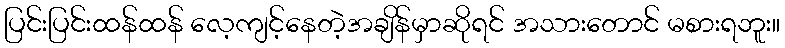
ပြင်းပြင်းထန်ထန် လေ့ကျင့်နေတဲ့အချိန်မှာဆိုရင် အသားတောင် မစားရဘူး။